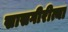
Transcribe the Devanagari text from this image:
खासगीरीत्या